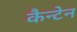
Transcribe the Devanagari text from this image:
कैन्टेन